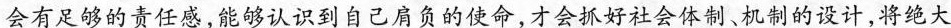
会有足够的责任感，能够认识到自己肩负的使命，才会抓好社会体制、机制的设计，将绝大